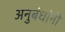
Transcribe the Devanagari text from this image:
अनुबंधांनी